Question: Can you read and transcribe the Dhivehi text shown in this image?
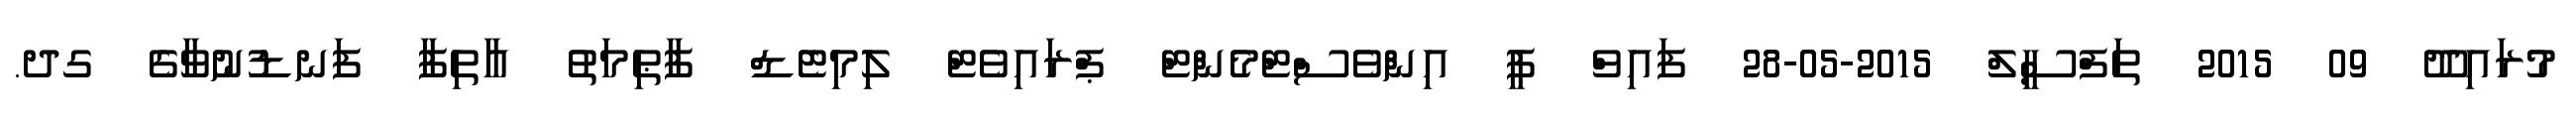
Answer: މުރައިދޫ 09 2015 ތަފްސީލް 2015-05-28 ފައިވް ޕީ އިންވެސްޓްމެންޓް ޕްރައިވެޓް ލިމިޓެޑް ފާޠިމަތު އާތިފާ ފަނޑުނުވާގެ ގދ.